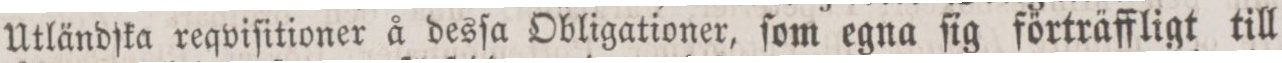
Utländfka reqviſitioner å desſa Obligationer, ſom egna fig förträffligt till